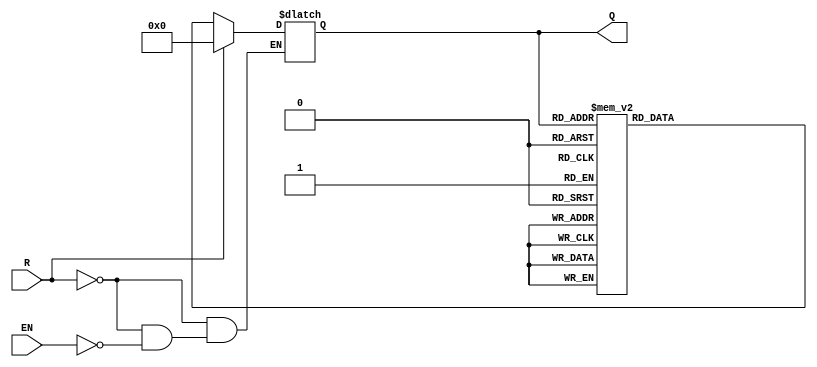
module BCD_Counter (
    input wire EN,          // Enable signal
    input wire R,           // Asynchronous reset
    output reg [3:0] Q      // BCD output (Q3, Q2, Q1, Q0)
);

// Asynchronous reset and counting logic
always @(*) begin
    if (R) begin
        Q = 4'b0000; // Reset output to 0 when reset is high
    end
    else if (EN) begin
        // Count logic: increment and wrap from 9 (1001) to 0 (0000)
        case (Q)
            4'b0000: Q = 4'b0001;
            4'b0001: Q = 4'b0010;
            4'b0010: Q = 4'b0011;
            4'b0011: Q = 4'b0100;
            4'b0100: Q = 4'b0101;
            4'b0101: Q = 4'b0110;
            4'b0110: Q = 4'b0111;
            4'b0111: Q = 4'b1000;
            4'b1000: Q = 4'b1001;
            4'b1001: Q = 4'b0000; // Wrap around
            default: Q = 4'b0000; // Default to 0 (shouldn't happen)
        endcase
    end
end

endmodule